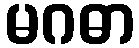
မဂဓာ